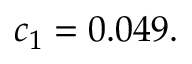
c _ { 1 } = 0 . 0 4 9 .